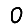
Digit: 0